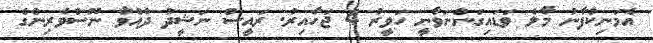
އެމަނިކުފާނު މާލެ ވަޑައިގަންނަވާނީ ހަވީރު 4 ޖަހާއިރު. ރައީސް ނަޝީދު ދެއްވާ ނޫސްވެރިންގެ